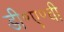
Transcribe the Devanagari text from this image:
डी॰ए॰वी